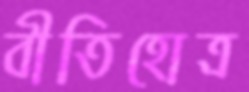
বীতিহোত্র